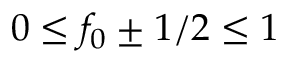
0 \le f _ { 0 } \pm 1 / 2 \le 1